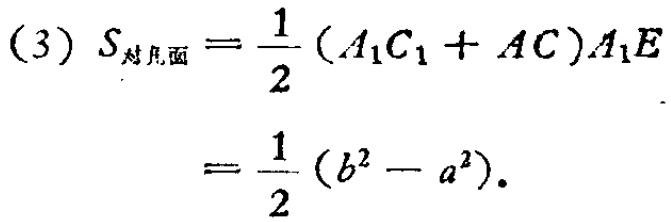
(3) \(S_{对凡面}=\frac{1}{2}(A_{1}C_{1}+AC)A_{1}E\)

\(=\frac{1}{2}(b^{2}-a^{2})\)